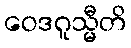
ဝေဒဂူသ္မီတိ